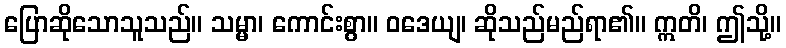
ပြောဆိုသောသူသည်။ သမ္မာ၊ ကောင်းစွာ။ ဝဒေယျ၊ ဆိုသည်မည်ရာ၏။ ဣတိ၊ ဤသို့။